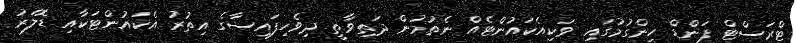
ޓްރަސްޓް ފަންޑް ހިންގުމުގައި ވަކިއެކައުންޓެއް ނެތުމުން ދަތިވާތީ ދިވެހިފައިސާގެ އިތުރު އެކައުންޓަކާއި ޑޮލަރު